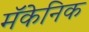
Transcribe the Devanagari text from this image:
मॅकेनिक